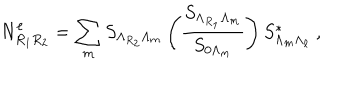
LaTeX: N _ { R _ { 1 } R _ { 2 } } ^ { \ell } = \sum _ { m } S _ { \Lambda _ { R _ { 2 } } \Lambda _ { m } } \left( { \frac { S _ { \Lambda _ { R _ { 1 } } \Lambda _ { m } } } { S _ { 0 { \Lambda _ { m } } } } } \right) S _ { \Lambda _ { m } \Lambda _ { \ell } } ^ { * } ~ ,